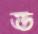
ড